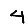
Digit: 4